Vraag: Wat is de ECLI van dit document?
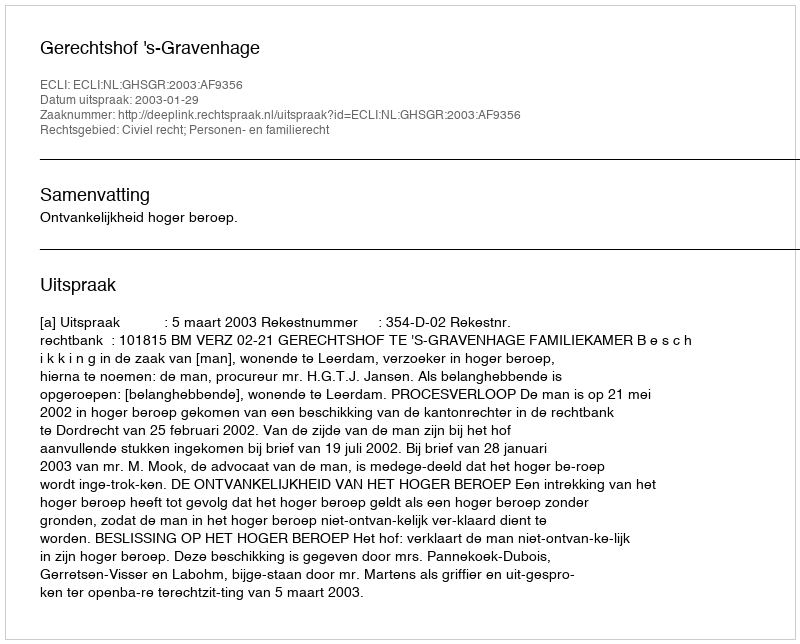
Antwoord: ECLI:NL:GHSGR:2003:AF9356